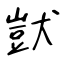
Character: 獃